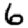
Digit: 6